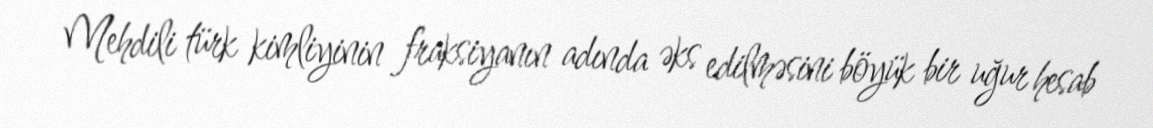
Mehdili türk kimliyinin fraksiyanın adında əks edilməsini böyük bir uğur hesab